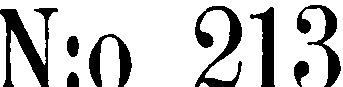
N:o 213